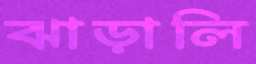
ঝাড়ালি